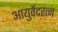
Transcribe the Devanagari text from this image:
आयुर्वेदरत्न